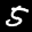
Digit: 5